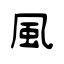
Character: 風